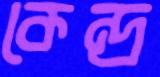
কেন্দ্র